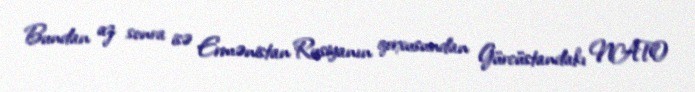
Bundan az sonra isə Ermənistan Rusiyanın qorxusundan Gürcüstandakı NATO